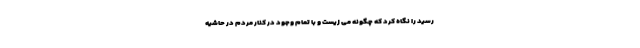
رسید را نگاه کرد که چگونه می زیست و با تمام وجود در کنار مردم در حاشیه